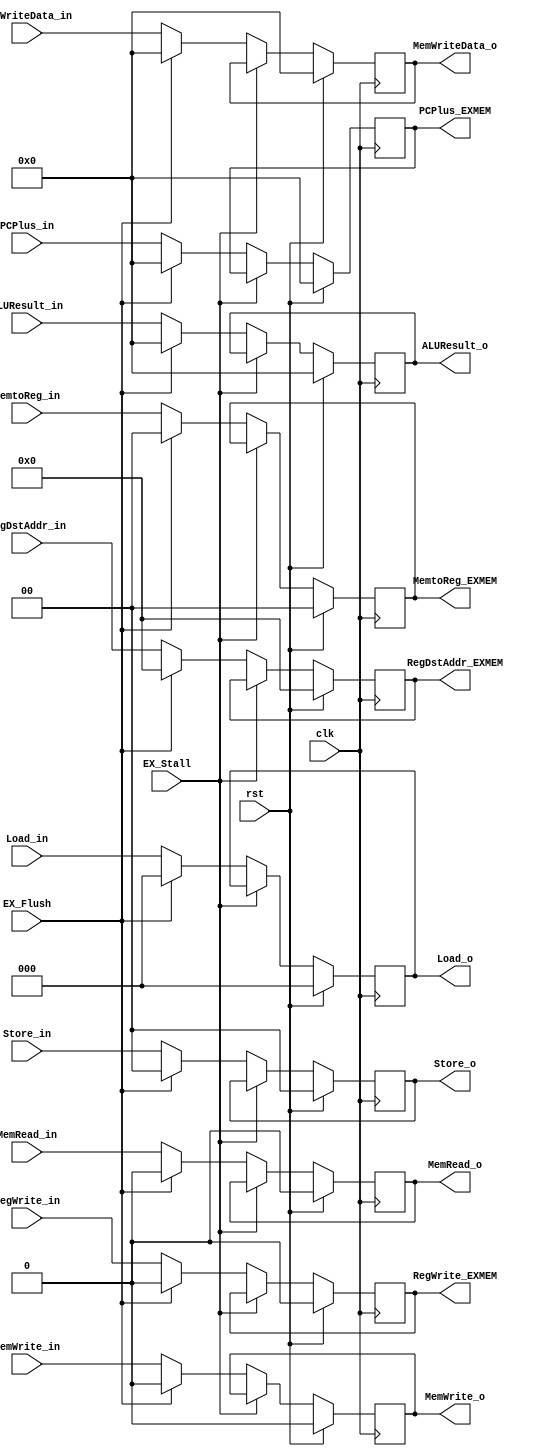
module EXMEMREG(
    input clk,
    input rst,
    input EX_Stall,
    input EX_Flush,
    //From EX
    input[31:0] PCPlus_in,
    input[31:0] ALUResult_in,
    input[31:0] MemWriteData_in,
    input[4:0] RegDstAddr_in,
    output reg[31:0] PCPlus_EXMEM,
    output reg[31:0] ALUResult_o,
    output reg[31:0] MemWriteData_o,
    output reg[4:0] RegDstAddr_EXMEM,

    //control
    input MemRead_in,
    input MemWrite_in,
    input[2:0] Load_in,
    input[1:0] Store_in,
    input[1:0] MemtoReg_in,
    input RegWrite_in,
    output reg MemRead_o,
    output reg MemWrite_o,
    output reg[2:0] Load_o,
    output reg[1:0] Store_o,
    output reg[1:0] MemtoReg_EXMEM,
    output reg RegWrite_EXMEM
);

initial
begin
    PCPlus_EXMEM <= 0;
    ALUResult_o <= 0;
    MemWriteData_o <= 0;
    RegDstAddr_EXMEM <= 0;
    MemRead_o <= 0;
    MemWrite_o <= 0;
    Load_o <= 0;
    Store_o <= 0;
    MemtoReg_EXMEM <= 0;
    RegWrite_EXMEM <= 0;
end

always @(posedge clk) begin
    if(rst)
    begin
	PCPlus_EXMEM <= 0;
        ALUResult_o <= 0;
        MemWriteData_o <= 0;
        RegDstAddr_EXMEM <= 0;
        MemRead_o <= 0;
        MemWrite_o <= 0;
        Load_o <= 0;
        Store_o <= 0;
        MemtoReg_EXMEM <= 0;
        RegWrite_EXMEM <= 0;
    end
    else if(!EX_Stall)
    begin
        if(EX_Flush)
        begin
	    PCPlus_EXMEM <= 0;
            ALUResult_o <= 0;
            MemWriteData_o <= 0;
            RegDstAddr_EXMEM <= 0;
            MemRead_o <= 0;
            MemWrite_o <= 0;
            Load_o <= 0;
            Store_o <= 0;
            MemtoReg_EXMEM <= 0;
            RegWrite_EXMEM <= 0;
        end

        else
        begin
	    PCPlus_EXMEM <= PCPlus_in;
            ALUResult_o <= ALUResult_in;
            MemWriteData_o <= MemWriteData_in;
            RegDstAddr_EXMEM <= RegDstAddr_in;
            MemRead_o <= MemRead_in;
            MemWrite_o <= MemWrite_in;
            Load_o <= Load_in;
            Store_o <= Store_in;
            MemtoReg_EXMEM <= MemtoReg_in;
            RegWrite_EXMEM <= RegWrite_in;
        end
    end
end

endmodule // EXMEMREG